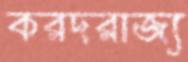
করদরাজ্য